Bréfritari: Soffía Daníelsdóttir
Viðtakandi: Jakobína Magnúsdóttir og Daníel Halldórsson
Dagsetning: A-1905-05-30
Skrifað á: Skeggjastöðum  N-Múl.
Soffía var dóttir Jakobínu og Daníels

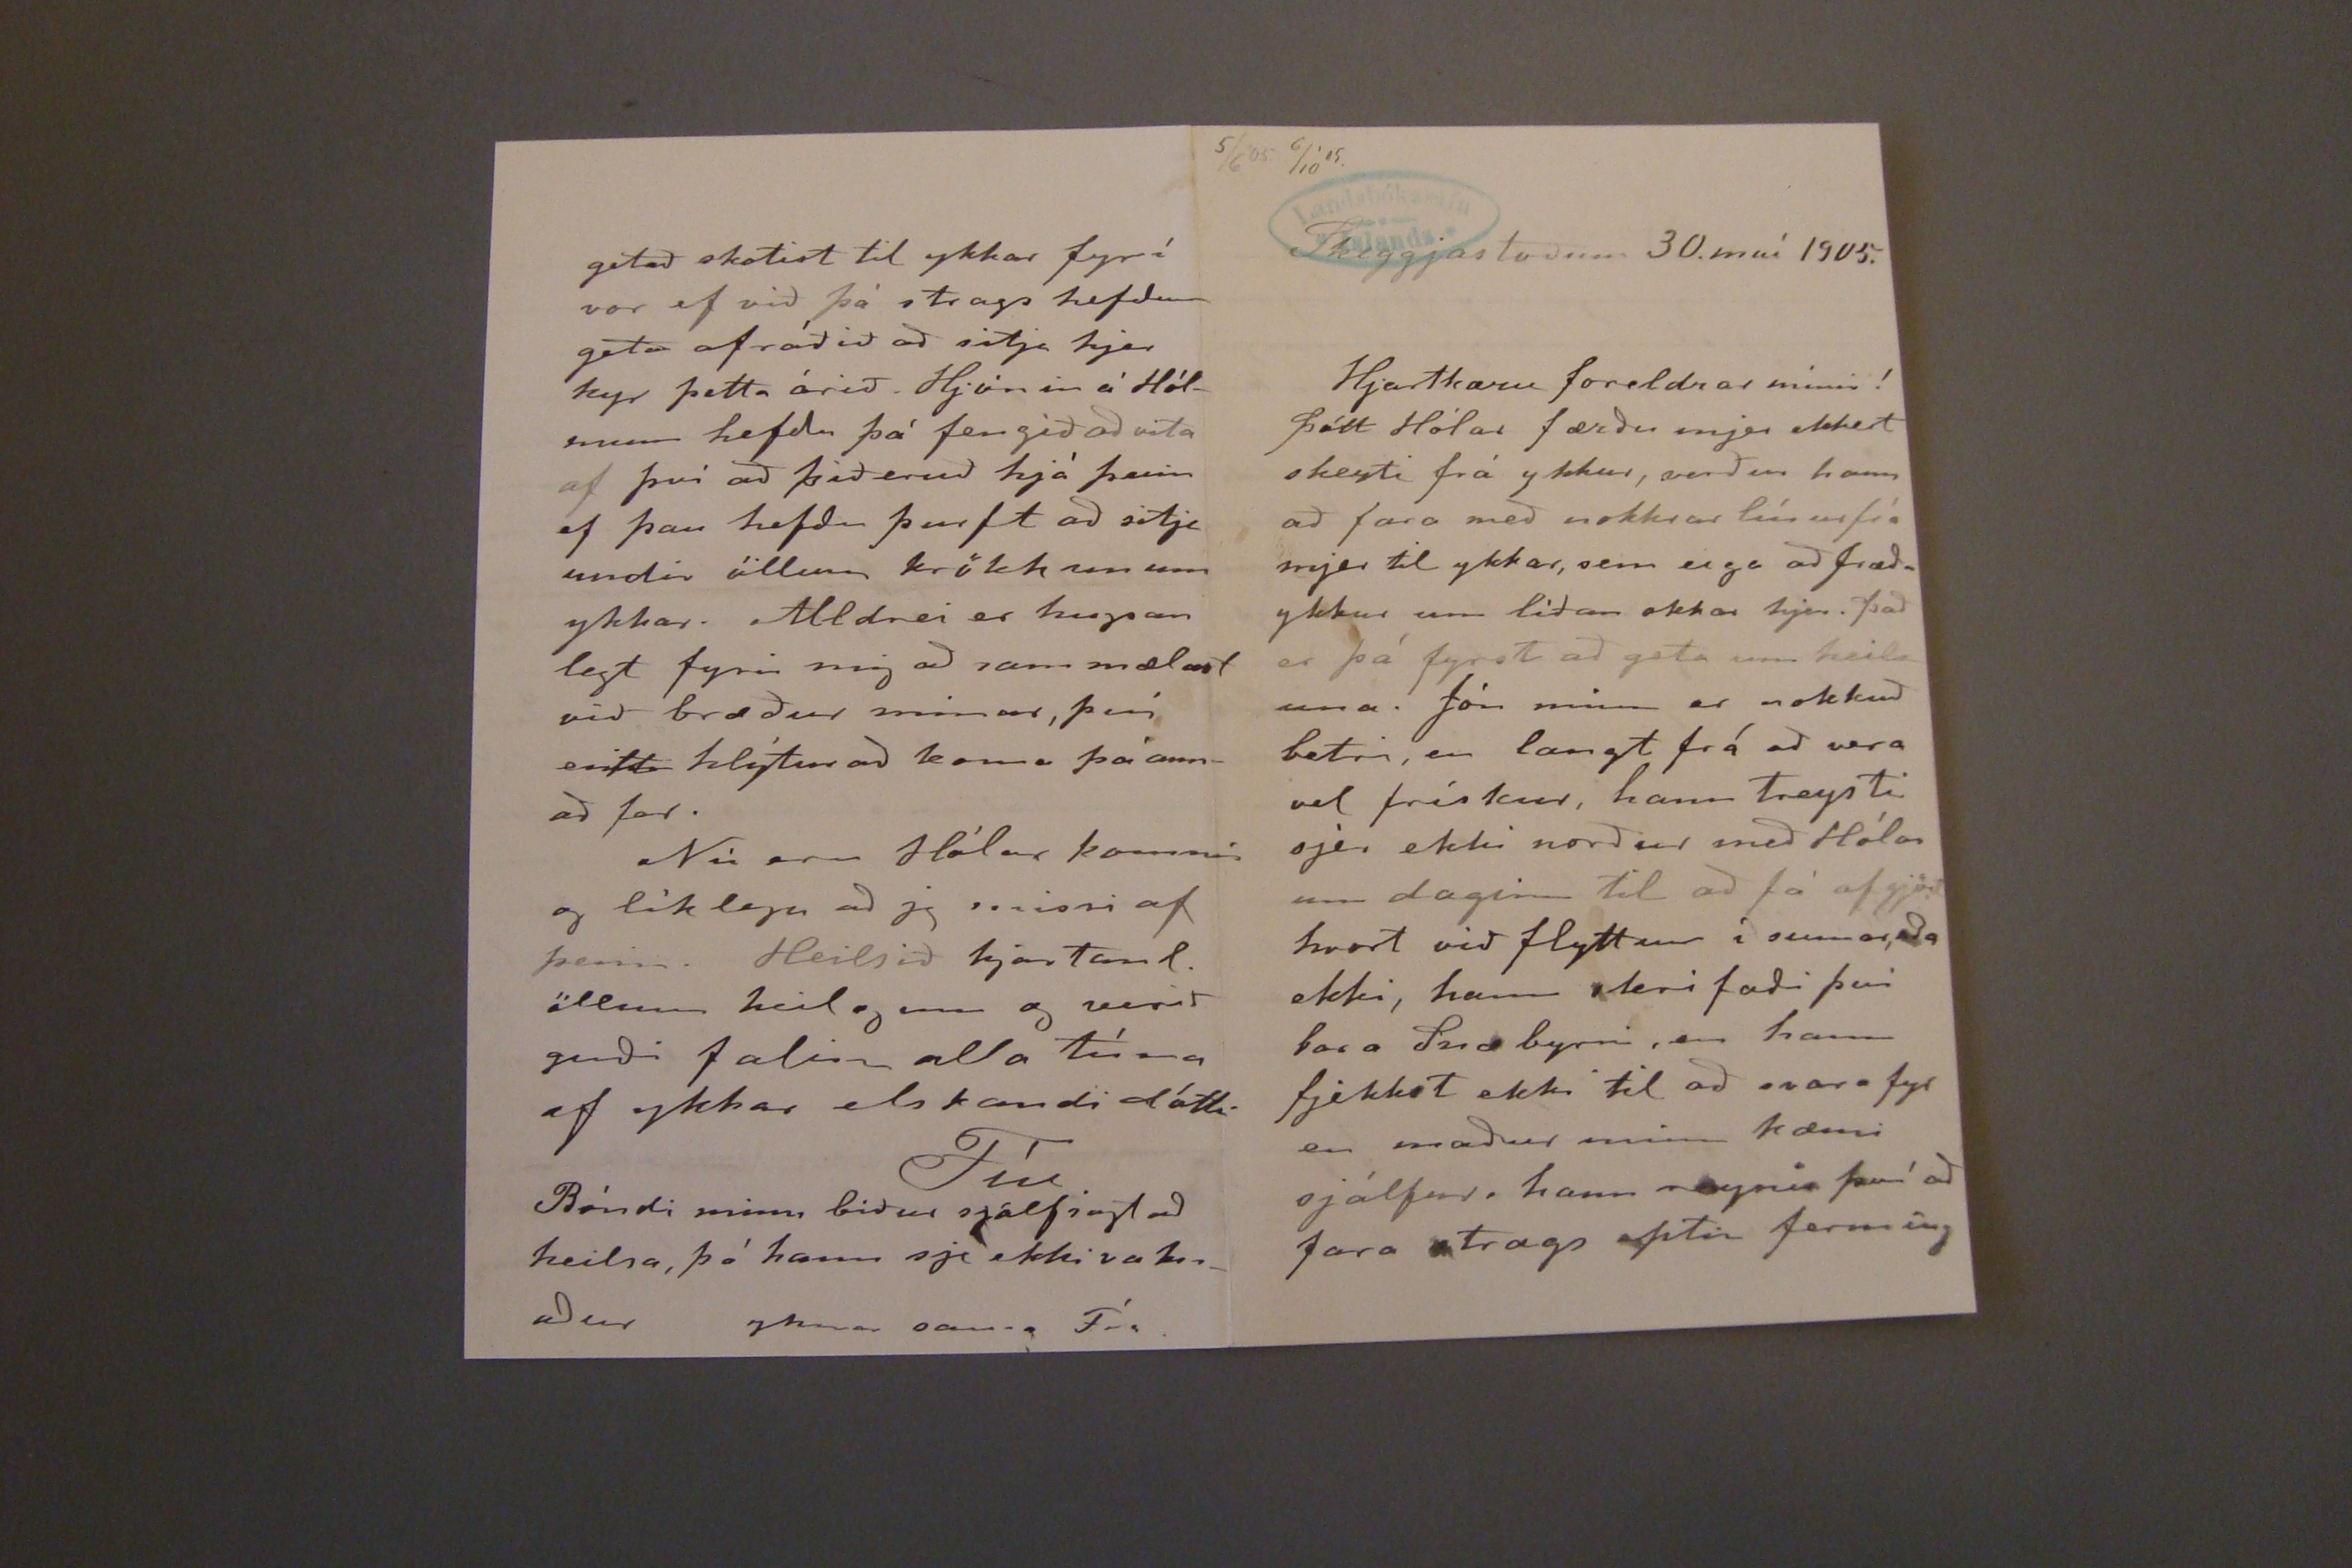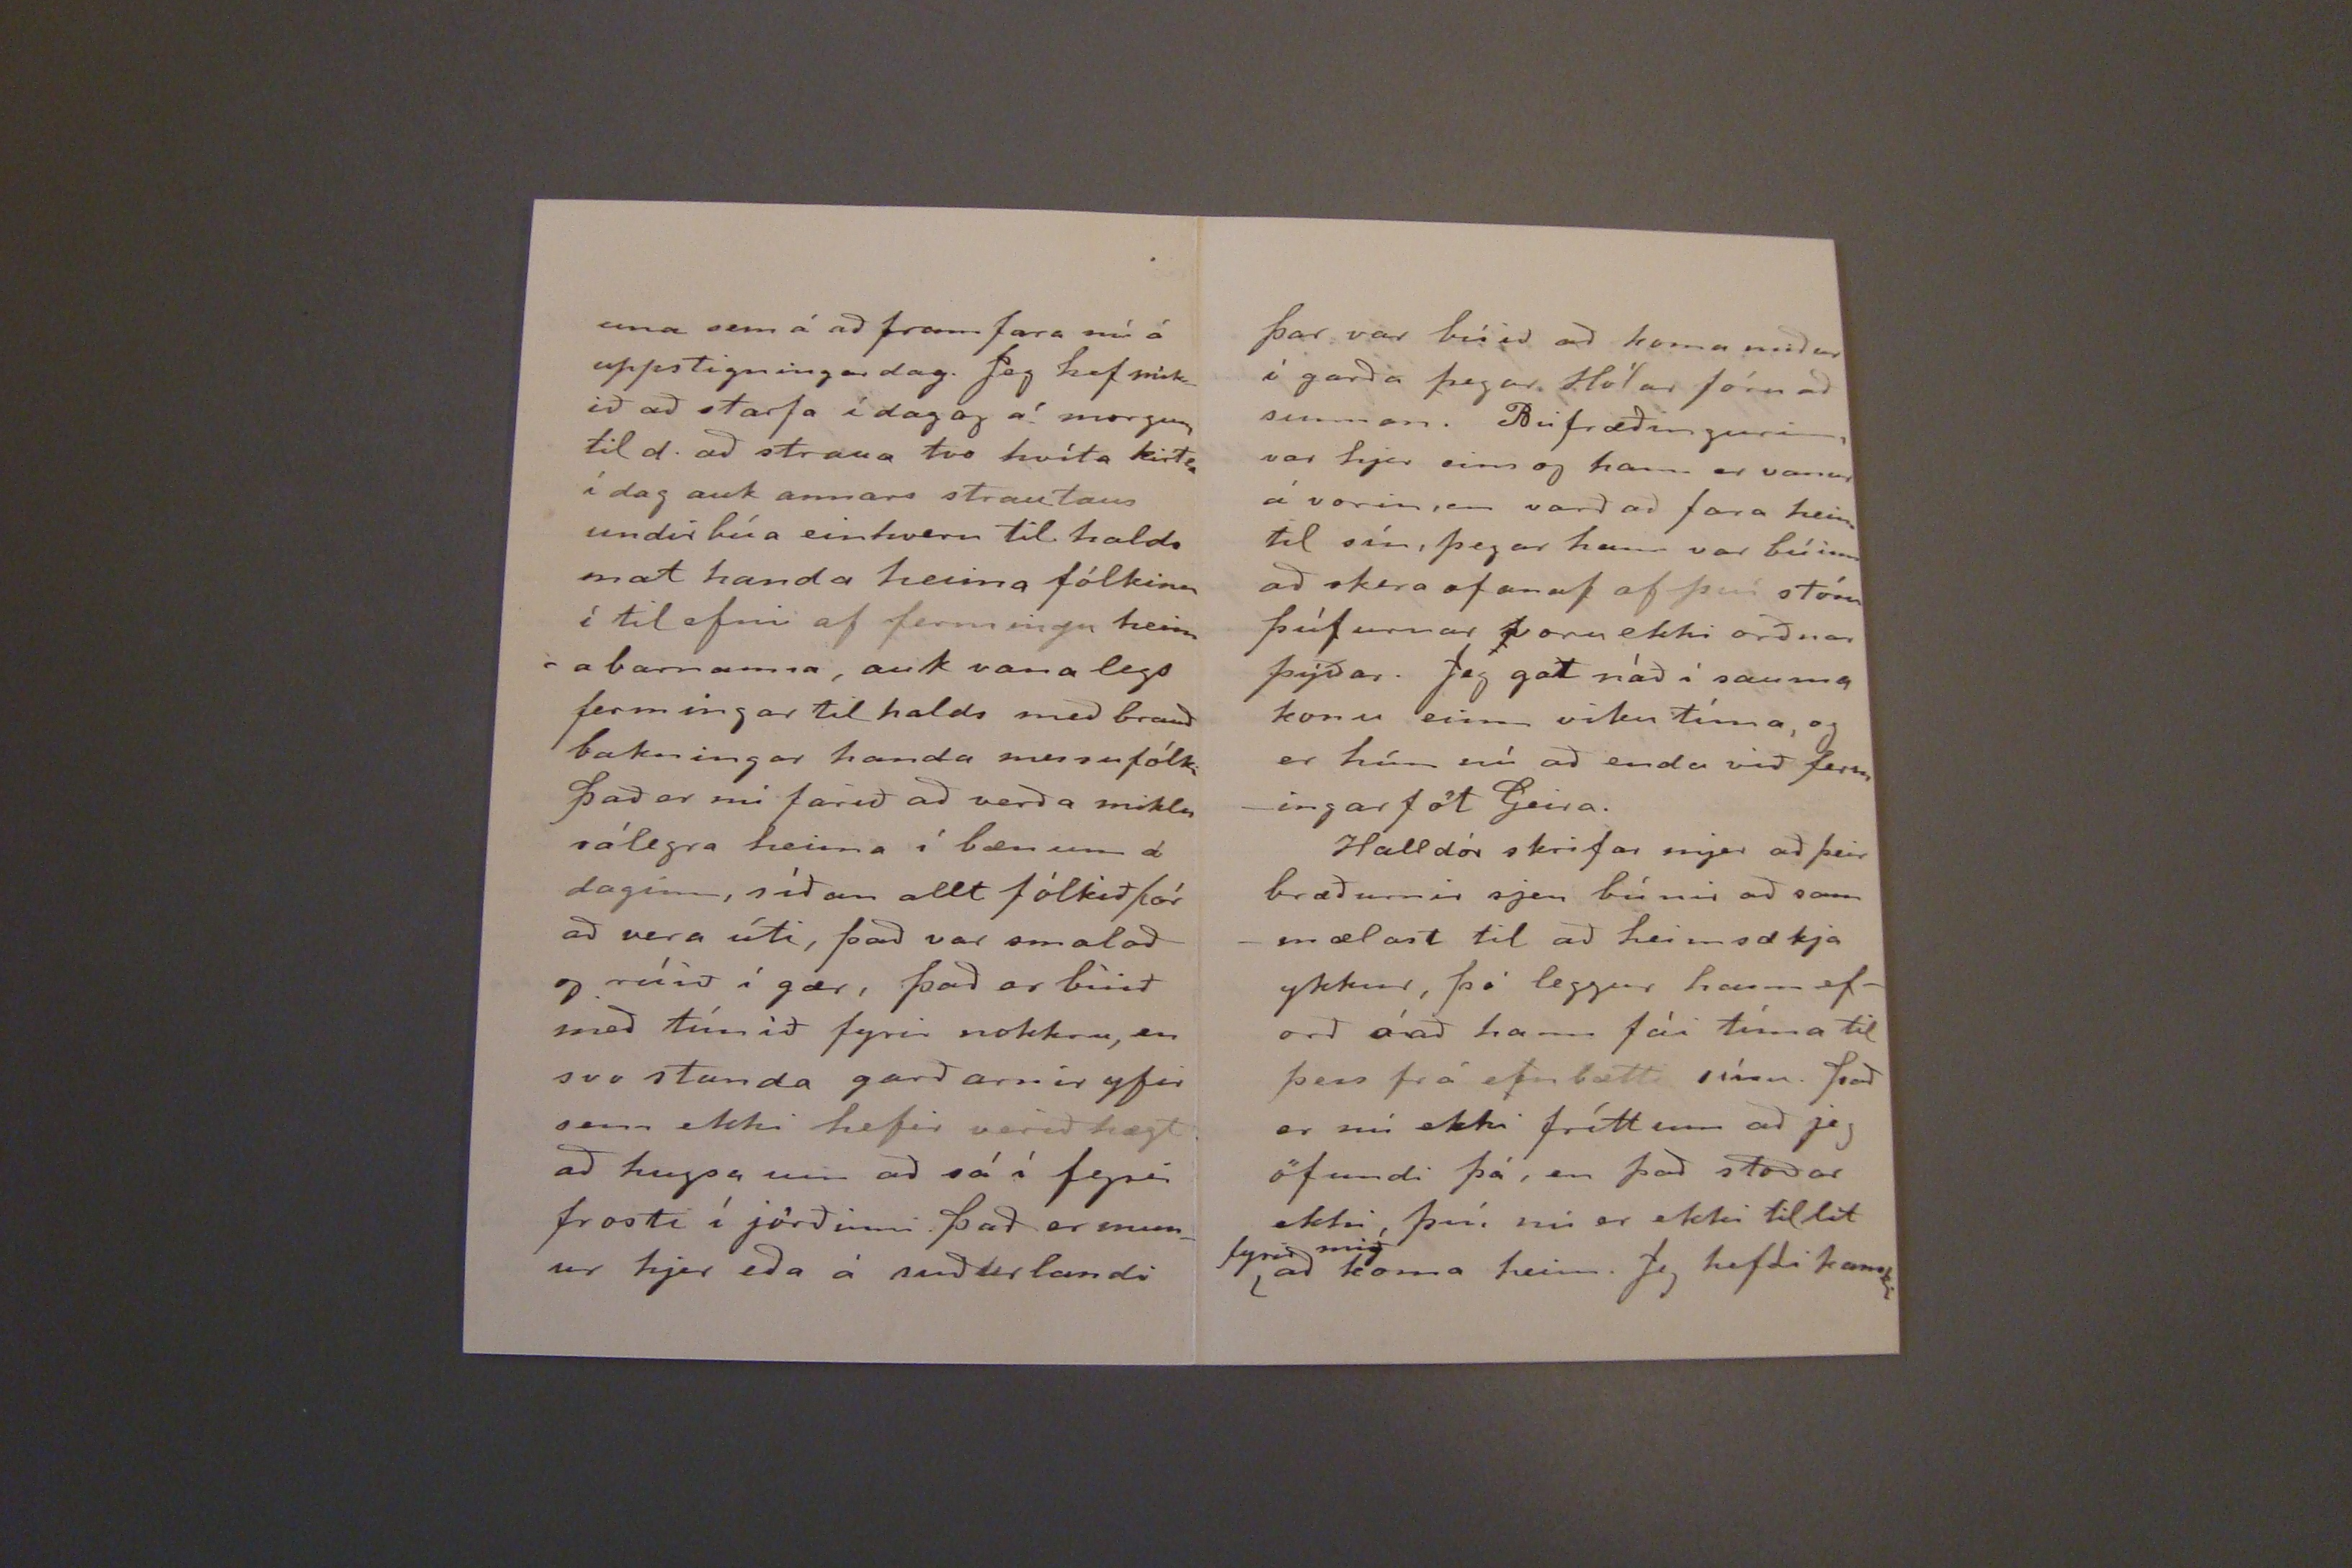

5/6'05 6/10'05.
Skeggjastöðum 30. maí 1905.
Hjartkæru foreldrar mínir!
þótt Hólar færðu mjer ekkert skeyti frá ykkur, verður hann að fara með nokkrar línur frá mjer til ykkar, sem eiga að fræða ykkur um líðan okkar hjer. það er þá fyrst að geta um heilsuna. Jón minn er nokkuð betri, en langt frá að vera vel frískur, hann treysti sjer ekki norður með Hólar um daginn til að fá af gjört hvort við flyttum í sumar, eða ekki, hann skrifaði þvi bara Snæ byrni, en hann fjekkst ekki til að svara fyr en maður minn kæmi sjálfur, hann reynir því að fara strags eptir ferming
una sem á að fram fara nú á uppstigningardag. Jeg hef mikið að stafa í dag og á morgun til d. að straua tvo hvíta kirtla í dag auk annars strautaus undirbúa einhvern til halds mat handa heima fólkinu í til efni af fermingu heimabarnanna, auk vana legs fermingar til halds með brauð bakningar handa messufólki það er nú farið að verða miklu rólegra heima í bænum á daginn, síðan allt fólkið fór að vera úti, það var smalað og rúið í gær, það er búið með túnið fyrir nokkru, en svo standa garðarnir yfir sem ekki hefir verið hægt að hugsa um að sá í fyrir frosti í jörðinni það er munur hjer eða á suðurlandi
getað skotist til ykkar fyrí vor ef við þá strags hefðum geta af ráðið að sitja hjer kyr þetta árið. Hjónin á Hólmum hefðu þá fengið að vita af því að þið eruð hjá þeim ef þau hefðu þurft að sitja undir öllum krökkunum ykkar, Alldrei er hugsan legt fyrir mig að sam mælast við bræður minar, því eitt hlýtur að koma þó annað fer.
Nú eru Hólar komnir og líklega að jg missi af þeim. Heilsið hjartanl. öllum heilogum og verið guði falin alla tíma af ykkar elskandi dóttr
Fíu.
Bóndi minn biður sjálfsagt að heilsa, þó hann sje ekki vaknaður
yknar sama Fía.
þar var búið að koma niður í garða þegar Hólar fóru að sunnan. Búfræðingurinn, var hjer eins og hann er vanur á vorin, en varð að fara heim til sín, þegar hann var búinn að skera ofan af af þýði stóru þúfurnar voru ekki orðnar þýðar. Jeg gat náð í sauma konu einn viku tíma, og er hún nú að enda við fermmingarföt Geira.
Halldór skrifar mjer að þeir bræðurnir sjeu búnir að sammælast til að heimsækja ykkur, þó leggur hann eforð á að hann fái tíma til þess frá embætti sínu. það er nú ekki frítt um að jeg öfundi þá, en það stoðar ekki, því nú er ekki til lit
fyrir mig
að koma heim. Jeg hefði kanski